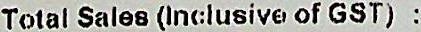
TOTAL SALES (INCLUSIVE OF GST) :